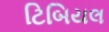
ટિબિયલ